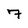
Character: 7